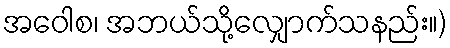
အဝေါစ၊ အဘယ်သို့လျှောက်သနည်း။)